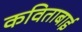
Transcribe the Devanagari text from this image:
कविताबाई